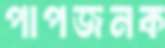
পাপজনক